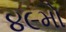
૪૯મો